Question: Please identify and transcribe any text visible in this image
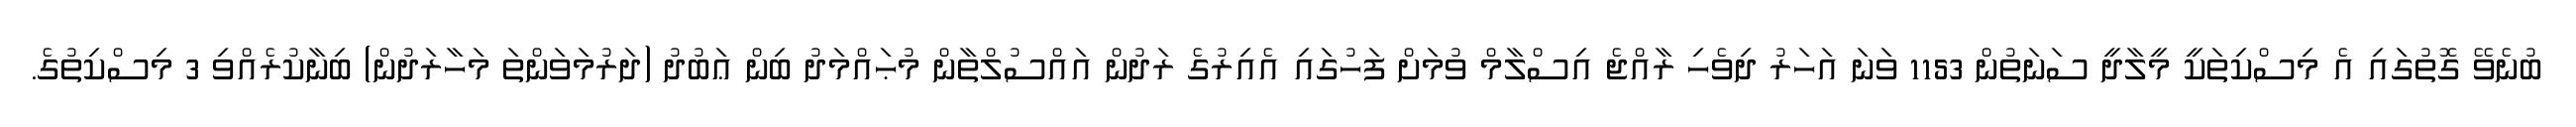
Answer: ބުނެވޭ ގޮތުގައި އެ މިސްކިތަކީ މީލާދީ ސަނަތުން 1153 ވަނަ އަހަރު ދިވެހި ރާއްޖެ އިސްލާމް ވުމަށް ފަހުގައި އެއިރުގެ ރަދުން އައްސުލްތާން މުޙައްމަދު ބިން ޢަބުދު (ދަރުމަވަންތަ މަހާރަދުން) ބިނާކުރެއްވި 3 މިސްކިތުގެ.